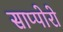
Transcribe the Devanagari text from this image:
साप्पोरो